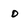
Character: o